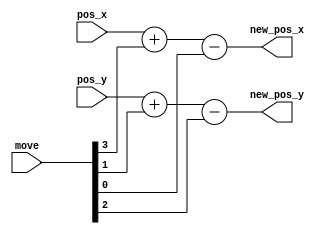
module pos_move (
    input  wire [3:0] move,
    input  wire [3:0] pos_x,
    input  wire [3:0] pos_y,
    output wire [3:0] new_pos_x,
    output wire [3:0] new_pos_y
);
  wire right, up, down, left;
  assign {right, up, down, left} = move;

  assign new_pos_x = pos_x + right - left;
  assign new_pos_y = pos_y + down - up;

endmodule